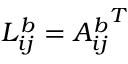
L _ { i j } ^ { b } = { A _ { i j } ^ { b } } ^ { T }